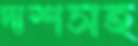
দাশসহ